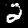
Digit: 2